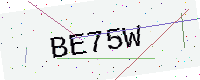
Text: BE75W